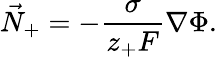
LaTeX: \vec{N}_{+}=-\frac{\sigma}{z_{+}F}\nabla\Phi.